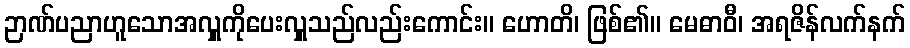
ဉာဏ်ပညာဟူသောအလှူကိုပေးလှူသည်လည်းကောင်း။ ဟောတိ၊ ဖြစ်၏။ မေဓာဝီ၊ အရဇိန်လက်နက်